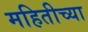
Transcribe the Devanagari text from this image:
महितीच्या